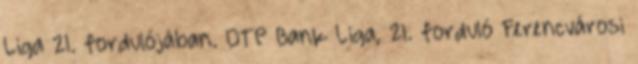
Liga 21. fordulójában. OTP Bank Liga, 21. forduló Ferencvárosi